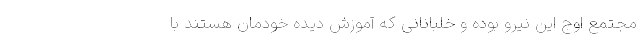
مجتمع اوج این نیرو بوده و خلبانانی که آموزش دیده خودمان هستند با